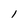
Character: l